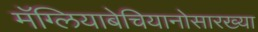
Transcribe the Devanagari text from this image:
मॅग्लियाबेचियानोसारख्या